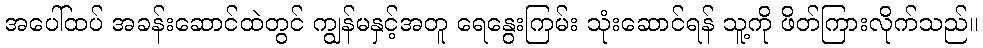
အပေါ်ထပ် အခန်းဆောင်ထဲတွင် ကျွန်မနှင့်အတူ ရေနွေးကြမ်း သုံးဆောင်ရန် သူ့ကို ဖိတ်ကြားလိုက်သည်။